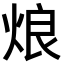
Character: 烺